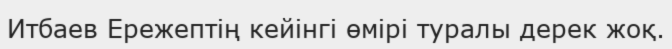
Итбаев Ережептің кейінгі өмірі туралы дерек жоқ.